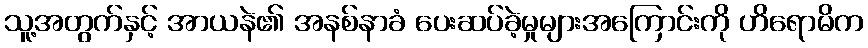
သူ့အတွက်နှင့် အာယနဲ၏ အနစ်နာခံ ပေးဆပ်ခဲ့မှုများအကြောင်းကို ဟိရောမိက